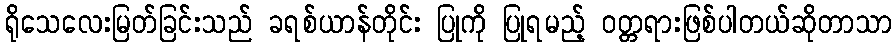
ရိုသေလေးမြတ်ခြင်းသည် ခရစ်ယာန်တိုင်း ပြုကို ပြုရမည့် ၀တ္တရားဖြစ်ပါတယ်ဆိုတာသာ